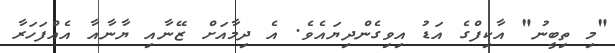
"މި ތިބީނު" އާކިފްގެ އަޑު އިވިގެންދިޔައެވެ. އެ ދިމާއަށް ޒޭނާއި ޔާނާއާ އެއްފަހަރާ